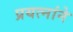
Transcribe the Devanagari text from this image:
प्रयत्नांने